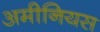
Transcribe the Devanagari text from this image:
अमीनियस